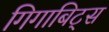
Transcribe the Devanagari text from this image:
गिगाबिट्स